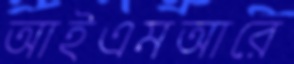
আইএমআরে